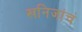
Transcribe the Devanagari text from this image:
खनिजांचं